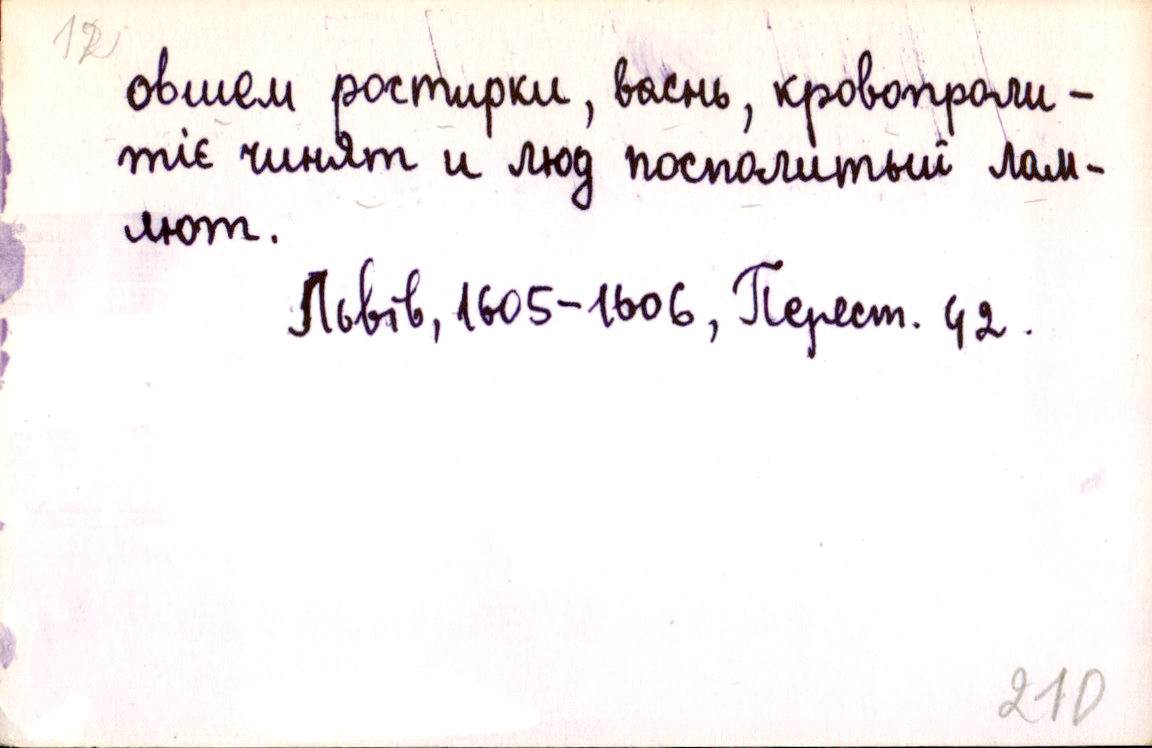
овшем ростирки, васнь, кровопроли-
тіє чинят и люд посполитый лам-
лют.
Львів, 1605-1606, Перест. 42.